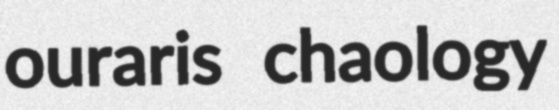
ouraris chaology